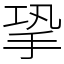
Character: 㧬